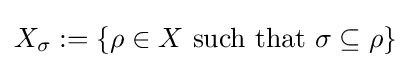
X_{\sigma }:=\{\rho \in X{\text{ such that }}\sigma \subseteq \rho \}